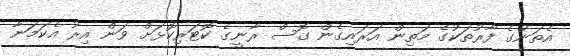
އެތަނުގެ ފާރުތަކުގެ މަތިން އަރައިގެން ގޮސް ރާނީގެ ކޮޓަރިކޮޅަށް ވަން އިރު އެކަމަނާ